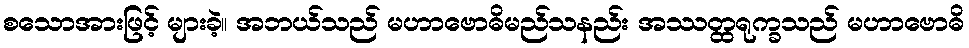
စသောအားဖြင့် များခဲ့။ အဘယ်သည် မဟာဗောဓိမည်သနည်း အဿတ္ထရုက္ခသည် မဟာဗောဓိ